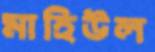
মাহিউল